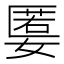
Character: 𡠷